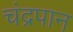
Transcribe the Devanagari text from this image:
चंद्रपान